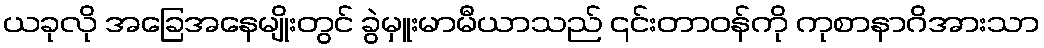
ယခုလို အခြေအနေမျိုးတွင် ခွဲမှူးမာမီယာသည် ၎င်းတာဝန်ကို ကုစာနာဂိအားသာ